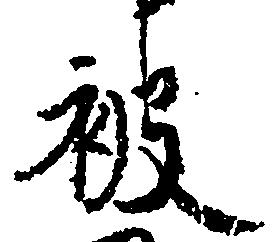
被